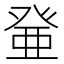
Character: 𰤐